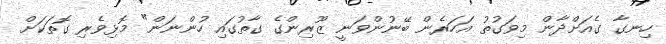
ހިނގާ ގެއަށްދާން މިވަގުތު އަހަރެން ބޭނުންވަނީ ޒޫރިންގެ ގާތުގައި ހުންނަން" މޮޅިވެރި ގޮތަކަށް